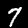
Digit: 7